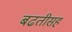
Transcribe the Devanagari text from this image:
बढतीसह